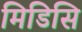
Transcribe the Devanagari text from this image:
मिडिसि